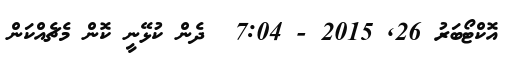
އޮކްޓޯބަރު 26